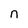
Character: n